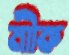
মাীক